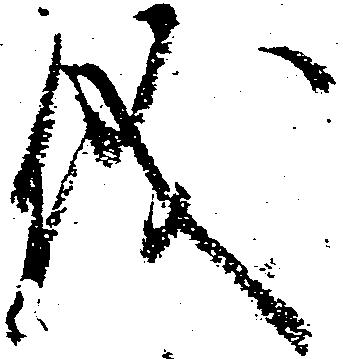
儀